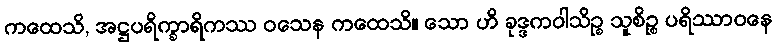
ကထေသိ, အဋ္ဌပရိက္ခာရိကဿ ဝသေန ကထေသိ။ သော ဟိ ခုဒ္ဒကဝါသိဉ္စ သူစိဉ္စ ပရိဿာဝနေ